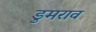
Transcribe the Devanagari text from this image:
डुमराव